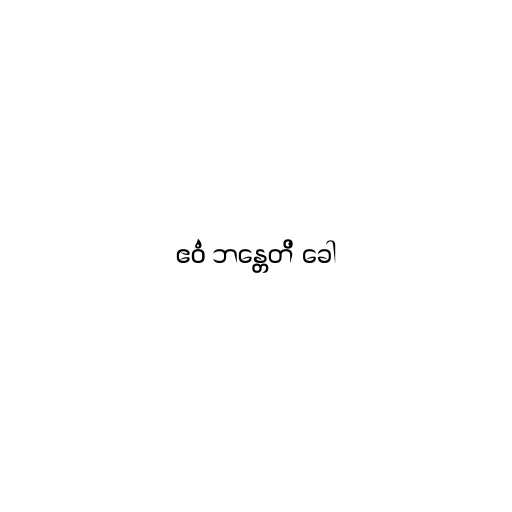
ဧဝံ ဘန္တေတိ ခေါ